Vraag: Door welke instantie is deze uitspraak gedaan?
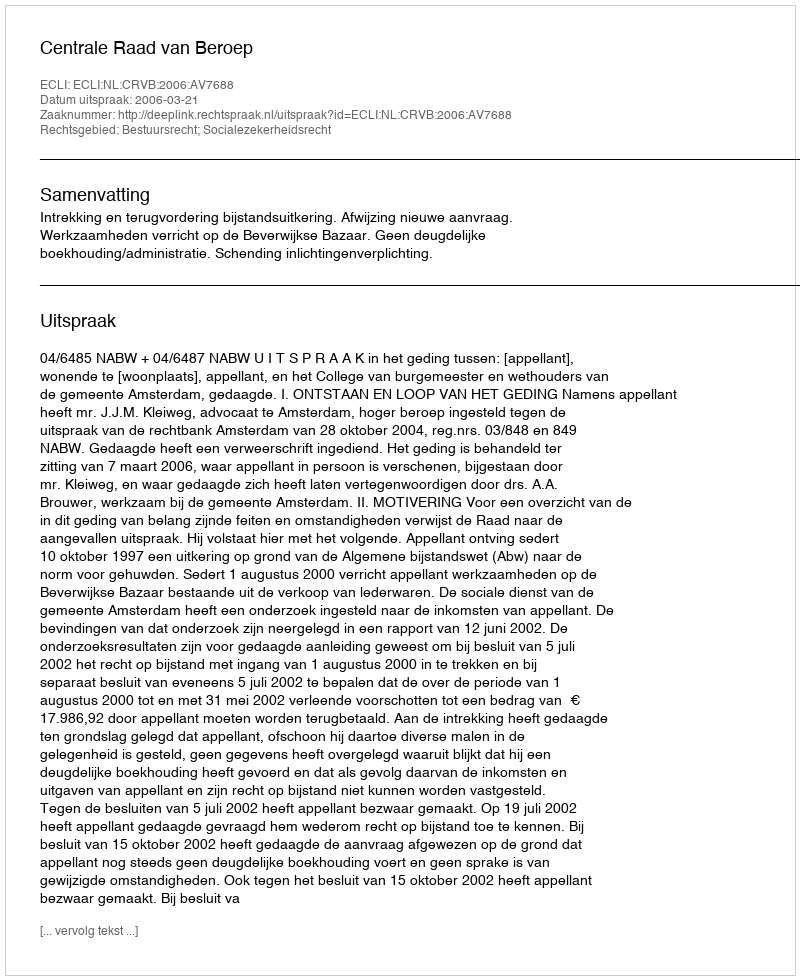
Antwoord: Centrale Raad van Beroep